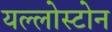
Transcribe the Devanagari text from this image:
यल्लोस्टोन